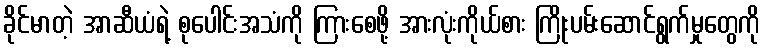
ခိုင်မာတဲ့ အာဆီယံရဲ့ စုပေါင်းအသံကို ကြားစေဖို့ အားလုံးကိုယ်စား ကြိုးပမ်းဆောင်ရွက်မှုတွေကို